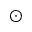
\odot